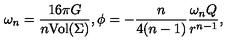
\omega _ { n } = \frac { 1 6 \pi G } { n \mathrm { V o l } ( \Sigma ) } , \phi = - \frac { n } { 4 ( n - 1 ) } \frac { \omega _ { n } Q } { r ^ { n - 1 } } ,